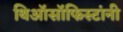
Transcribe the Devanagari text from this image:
थिऑसॉफिस्टांनी